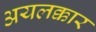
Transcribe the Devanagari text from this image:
अयलक्कार